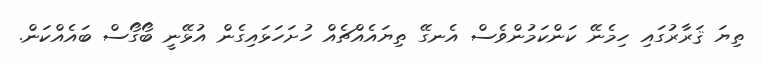
ތިޔަ ޤަރާރުގައި ހިމެނޭ ކަންކަމުންވެސް އެނގޭ ތިޔައެއްޗެއް ހުށަހަޅައިގެން އުޅޭނީ ބޯގޯސް ބައެއްކަން.